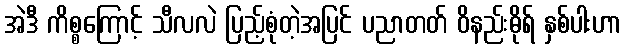
အဲဒီ ကိစ္စကြောင့် သီလလဲ ပြည့်စုံတဲ့အပြင် ပညာတတ် ဝိနည်းဓိုရ် နှစ်ပါးဟာ